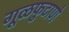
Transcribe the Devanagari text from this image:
गूळफुटाणे